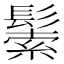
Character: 𩮛